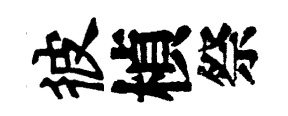
彼楨祭